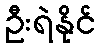
ဦးရဲနိုင်